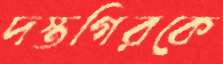
দস্তগিরকে